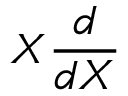
X { \frac { d } { d X } }